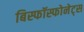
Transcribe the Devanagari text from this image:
बिस्फॉस्फोनेट्स